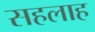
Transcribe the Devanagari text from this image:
सहलाह